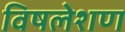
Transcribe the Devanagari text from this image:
विषलेशण